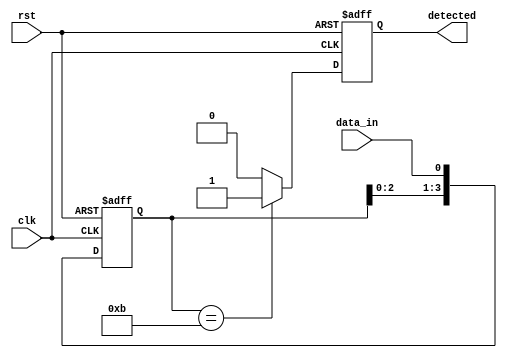
module pattern_detector (
    input wire clk,            // Clock signal
    input wire rst,            // Reset signal
    input wire data_in,        // Input data stream
    output reg detected        // Output signal indicating pattern detection
);

// Parameters
parameter PATTERN_LENGTH = 4; // Length of the pattern to detect
parameter [PATTERN_LENGTH-1:0] PATTERN = 4'b1011; // Pattern to detect (example: 1011)

// State storage using flip-flops
reg [PATTERN_LENGTH-1:0] state;

// Initialize state to zero on reset
always @(posedge clk or posedge rst) begin
    if (rst) begin
        state <= 0;
        detected <= 0;
    end else begin
        // Shift state and load new input
        state <= {state[PATTERN_LENGTH-2:0], data_in};

        // Check for pattern match
        if (state == PATTERN) begin
            detected <= 1; // Pattern detected
        end else begin
            detected <= 0; // No pattern detected
        end
    end
end

endmodule